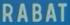
RABAT